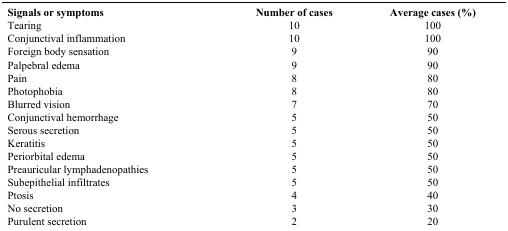
| Signals or symptoms | Number of cases | Average cases (%) |
 | --- | --- | --- |
 | Tearing | 10 | 100 |
 | Conjunctival inflammation | 10 | 100 |
 | Foreign body sensation | 9 | 90 |
 | Palpebral edema | 9 | 90 |
 | Pain | 8 | 80 |
 | Photophobia | 8 | 80 |
 | Blurred vision | 7 | 70 |
 | Conjunctival hemorrhage | 5 | 50 |
 | Serous secretion | 5 | 50 |
 | Keratitis | 5 | 50 |
 | Periorbital edema | 5 | 50 |
 | Preauricular lymphadenopathies | 5 | 50 |
 | Subepithelial infiltrates | 5 | 50 |
 | Ptosis | 4 | 40 |
 | No secretion | 3 | 30 |
 | Purulent secretion | 2 | 20 |